Report of an investigation into the causes of malaria in Bombay and the measures necessary for its control
Disease focus: Malaria
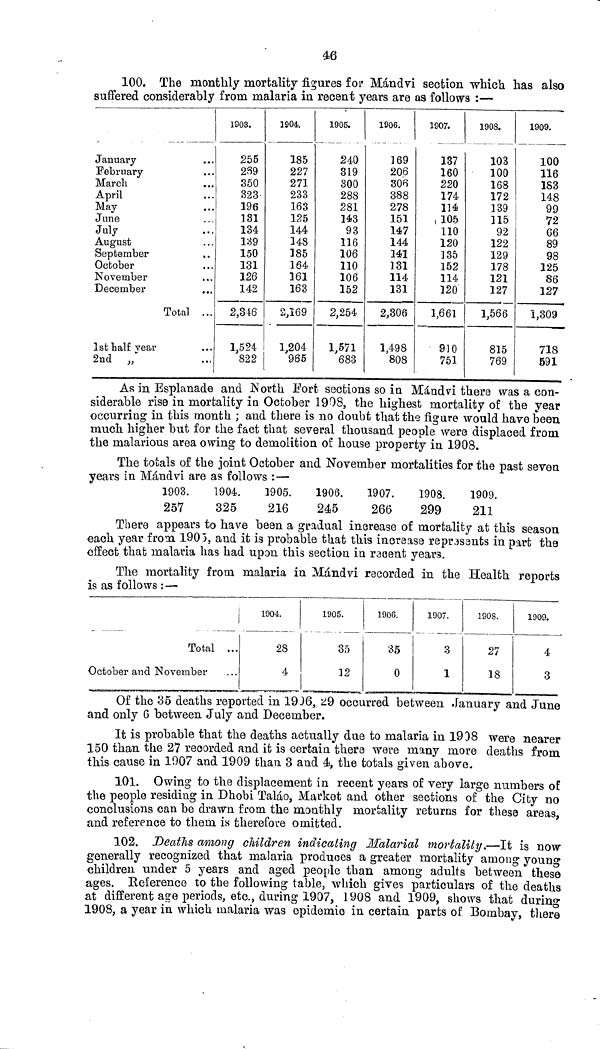
46
100. The monthly mortality figures for Mándvi section which has also
suffered considerably from malaria in recent years are as follows :—
January
February
March
April
May
June
July
August
September
October
November
December
Total ...
1st half year
2nd „
1903.
255
239
350
323
196
131
134
139
150
131
126
142
2,346
1,524
822
1904.
185
227
271
233
163
125
144
148
185
164
161
163
2,169
1,204
965
1905.
240
319
300
288
281
143
93
116
106
110
106
152
2,254
1,571
683
1906.
169
206
306
388
278
151
147
144
141
131
114
131
2,306
1,498
808
1907.
137
160
220
174
114
105
110
120
135
152
114
120
1,661
910
751
190S.
103
100
168
172
139
115
92
122
129
178
121
127
1,566
815
769
1909.
100
116
183
148
99
72
66
89
98
125
86
127
1,309
718
591
As in Esplanade and North Fort sections so in Mándvi there was a con-
siderable rise in mortality in October 1908, the highest mortality of the year
occurring in this month ; and there is no doubt that the figure would have been
much higher but for the fact that several thousand people were displaced from
the malarious area owing to demolition of house property in 1903.
The totals of the joint October and November mortalities for the past seven
years in Mándvi are as follows :—
1903.
257
1904.
325
1905.
216
1906.
245
1907.
266
1908.
299
1909.
211
There appears to have been a gradual increase of mortality at this season
each year from. 1905, and it is probable that this increase represents in part the
effect that malaria has had upon this section in recent years.
The mortality from malaria in Mándvi recorded in the Health reports
is as follows :—
Total ...
October and November
1904.
28
4
1905.
35
12
1906.
35
0
1907.
3
1
1908.
27
18
1909.
4
3
Of the 35 deaths reported in 1906, 29 occurred between January and June
and only 6 between July and December.
It is probable that the deaths actually due to malaria in 1908 were nearer
150 than the 27 recorded and it is certain there were many more deaths from
this cause in 1007 and 1909 than 3 and 4, the totals given above.
101. Owing to the displacement in recent years of very large numbers of
the people residing in Dhobi Taláo, Market and other sections of the City no
conclusions can be drawn from the monthly mortality returns for these areas,
and reference to them is therefore omitted.
102. Deaths among children indicating Malarial mortality.—It is now
generally recognized that malaria produces a greater mortality among young
children under 5 years and aged people than among adults between these
ages. Reference to the following table, which gives particulars of the deaths
at different age periods, etc., during 1907, 1908 and 1909, shows that during
1908, a year in which malaria was epidemic in certain parts of Bombay, there